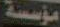
مؤسسة